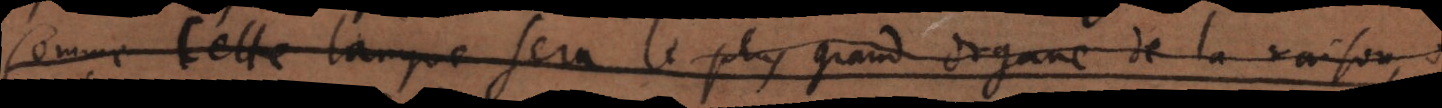
Comme cette langue sera le plus grand organe de l